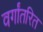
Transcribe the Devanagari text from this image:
वर्गांतरित